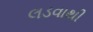
લડવાથી